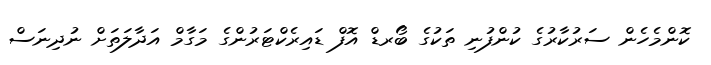
ކޮންމެހެން ސަރުކާރުގެ ކުންފުނި ތަކުގެ ބޯރޑް އޮފް ޑައިރެކްޓަރުންގެ މަގާމް އަދާލަތަށް ނުދިނަސް